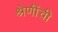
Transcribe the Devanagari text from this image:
श्रेणींची